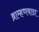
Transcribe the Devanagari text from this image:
ब्राम्हणवाडा